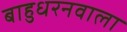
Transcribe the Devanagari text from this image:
बाहुधरनवाला